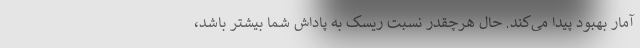
آمار بهبود پیدا می‌کند. حال هرچقدر نسبت ریسک به پاداش شما بیشتر باشد،